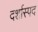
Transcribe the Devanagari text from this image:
दर्शास्पद